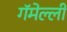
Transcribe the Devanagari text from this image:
गॅमेल्ली